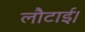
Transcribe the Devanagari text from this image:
लौटाई।